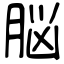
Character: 脳